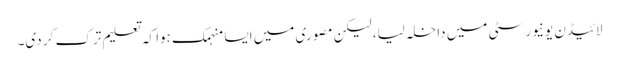
لائیڈن یونیورسٹی میں داخلہ لیا، لیکن مصوری میں ایسا منہمک ہوا کہ تعلیم ترک کر دی۔